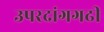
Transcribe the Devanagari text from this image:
उपरदांगगढी